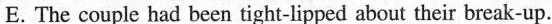
E. The couple had been tight-lipped about their break-up.